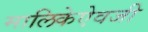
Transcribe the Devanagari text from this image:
मालिकेऐवजी